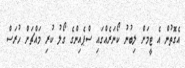
އެގޮތުން އެ ޓީމަށް ލިބުނު ކޯނަރެއްގައި ސްޕެއިންގެ ގޯލު ކުރި މައްޗަށް ހުރަސް